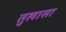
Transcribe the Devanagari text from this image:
तुलासा